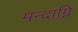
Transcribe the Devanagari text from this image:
मन्‍दाग्नि